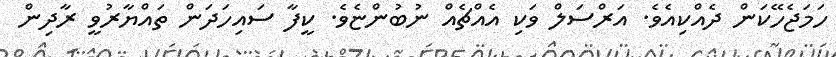
ހަމަޖެހޭކަން ދެއްކިއެވެ. އަރްސަލް ވަކި އެއްޗެއް ނުބުންޏެވެ. ކީފާ ސައިހަދަން ތައްޔާރުވީ ރާދިން